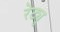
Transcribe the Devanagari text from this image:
रेट्यु